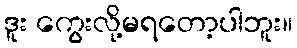
ဒူး ကွေးလို့မရတော့ပါဘူး။